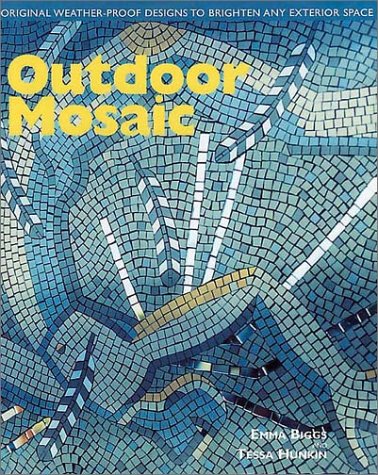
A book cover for Outdoor Mosaic: Original Weather Proof Designs to Brighten Any Exterior Space; Emma Biggs; Crafts, Hobbies & Home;